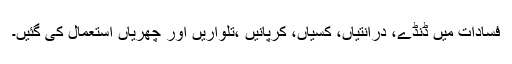
فسادات میں ڈنڈے، درانتیاں، کسیاں، کرپانیں ،تلواریں اور چھریاں استعمال کی گئیں۔